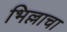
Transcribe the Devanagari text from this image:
भिल्लाचा